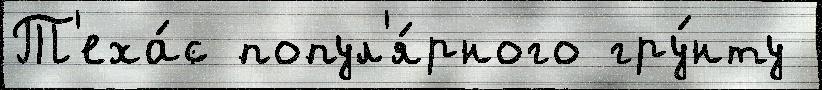
Т'еха́с попул'я́рного гру́нту